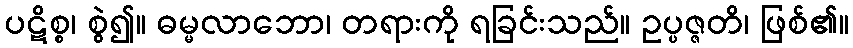
ပဋိစ္စ၊ စွဲ၍။ ဓမ္မလာဘော၊ တရားကို ရခြင်းသည်။ ဥပ္ပဇ္ဇတိ၊ ဖြစ်၏။